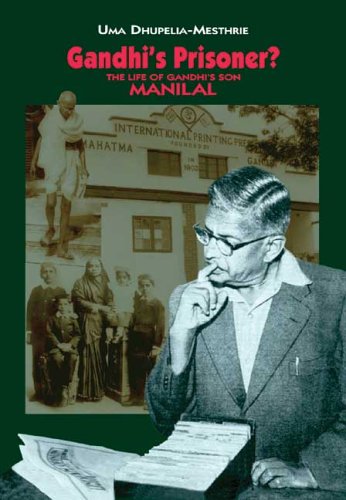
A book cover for Gandhi's Prisoner?: The Life of Gandhi's Son Manilal; Uma Dhupelia-Mestrie; Religion & Spirituality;